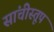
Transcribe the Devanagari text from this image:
सांचीस्तूप